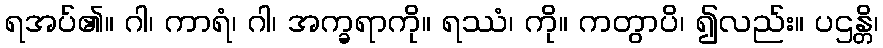
ရအပ်၏။ ဂါ၊ ကာရံ၊ ဂါ၊ အက္ခရာကို။ ရဿံ၊ ကို။ ကတွာပိ၊ ၍လည်း။ ပဌန္တိ၊